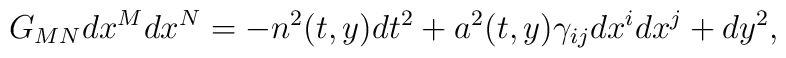
G_{MN}dx^Mdx^N=-n^2(t,y)dt^2+a^2(t,y)\gamma_{ij}dx^idx^j+dy^2,